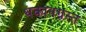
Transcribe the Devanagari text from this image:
थकानग्रस्त